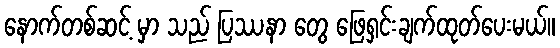
နောက်တစ်ဆင့် မှာ သည် ပြဿနာ တွေ ဖြေရှင်းချက်ထုတ်ပေးမယ်။